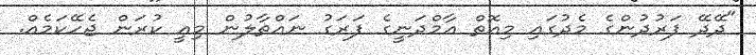
"ދޭދޭ ފަރުދުންގެ މެދުގައި މިއޮތް އާމްދަނީގެ ފަރަގު ނައްތާލުން މިއީ ކުރަން ޖެހޭކަމެއް.